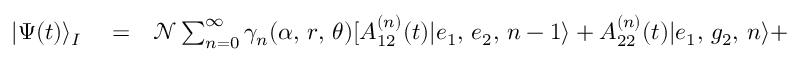
\begin{array} { r l r } { | \Psi ( t ) \rangle _ { I } } & { { } = } & { \mathcal { N } \sum _ { n = 0 } ^ { \infty } \gamma _ { n } ( \alpha , \, r , \, \theta ) [ A _ { 1 2 } ^ { ( n ) } ( t ) | e _ { 1 } , \, e _ { 2 } , \, n - 1 \rangle + A _ { 2 2 } ^ { ( n ) } ( t ) | e _ { 1 } , \, g _ { 2 } , \, n \rangle + } \end{array}